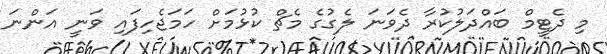
މި ދެޓީމް ބައްދަލުކުރާ ދެވަނަ ލެގުގެ މެޗް ކުޅުމަށް ހަމަޖެހިފައި ވަނީ އަންނަ